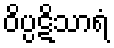
ဝိပ္ပဋိသာရံ